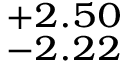
^ { + 2 . 5 0 } _ { - 2 . 2 2 }